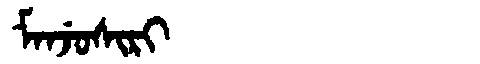
Manchu: ᠮᠠᠨᠵᡠᠰᡳᡵᡳ
Romanization: MANJUSIRI